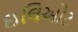
ઇલિઓટ